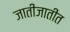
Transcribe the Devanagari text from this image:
जातीजातींत